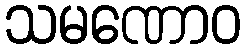
သမဏောဝ